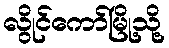
လွိုင်ကော်မြို့သို့